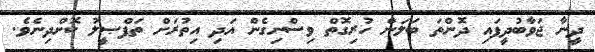
ދީނާ ޖަވާބުދީފައި ދޮންތަ ބަލަން ހުރިގޮތް ވިސްނިގެން އަދި އިތުރަށް ތަފްޞީލު ކޮށްދިނެވެ.